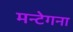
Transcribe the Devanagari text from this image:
मन्टेगना